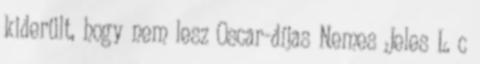
kiderült, hogy nem lesz Oscar-díjas Nemes Jeles L. c